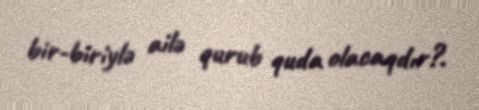
bir-biriylə ailə qurub quda olacaqdır?.